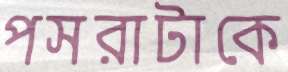
পসরাটাকে